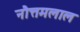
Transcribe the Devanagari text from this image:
नौत्तमलाल